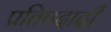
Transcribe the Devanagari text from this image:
प्रतिपदादी